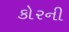
કોરની